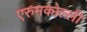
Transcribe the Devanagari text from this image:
एरुमकोल्ली